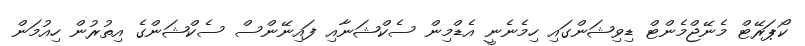
ކޯޕަރޭޓް މެނޭޖްމެންޓް ޑިވިޝަންގައި ހިމެނެނީ އެޑްމިން ސެކްޝަނާއި ފައިނޭންސް ސެކްޝަންގެ އިތުރުން ހިއުމަން